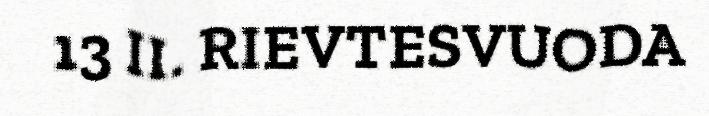
13 II. RIEVTESVUODA